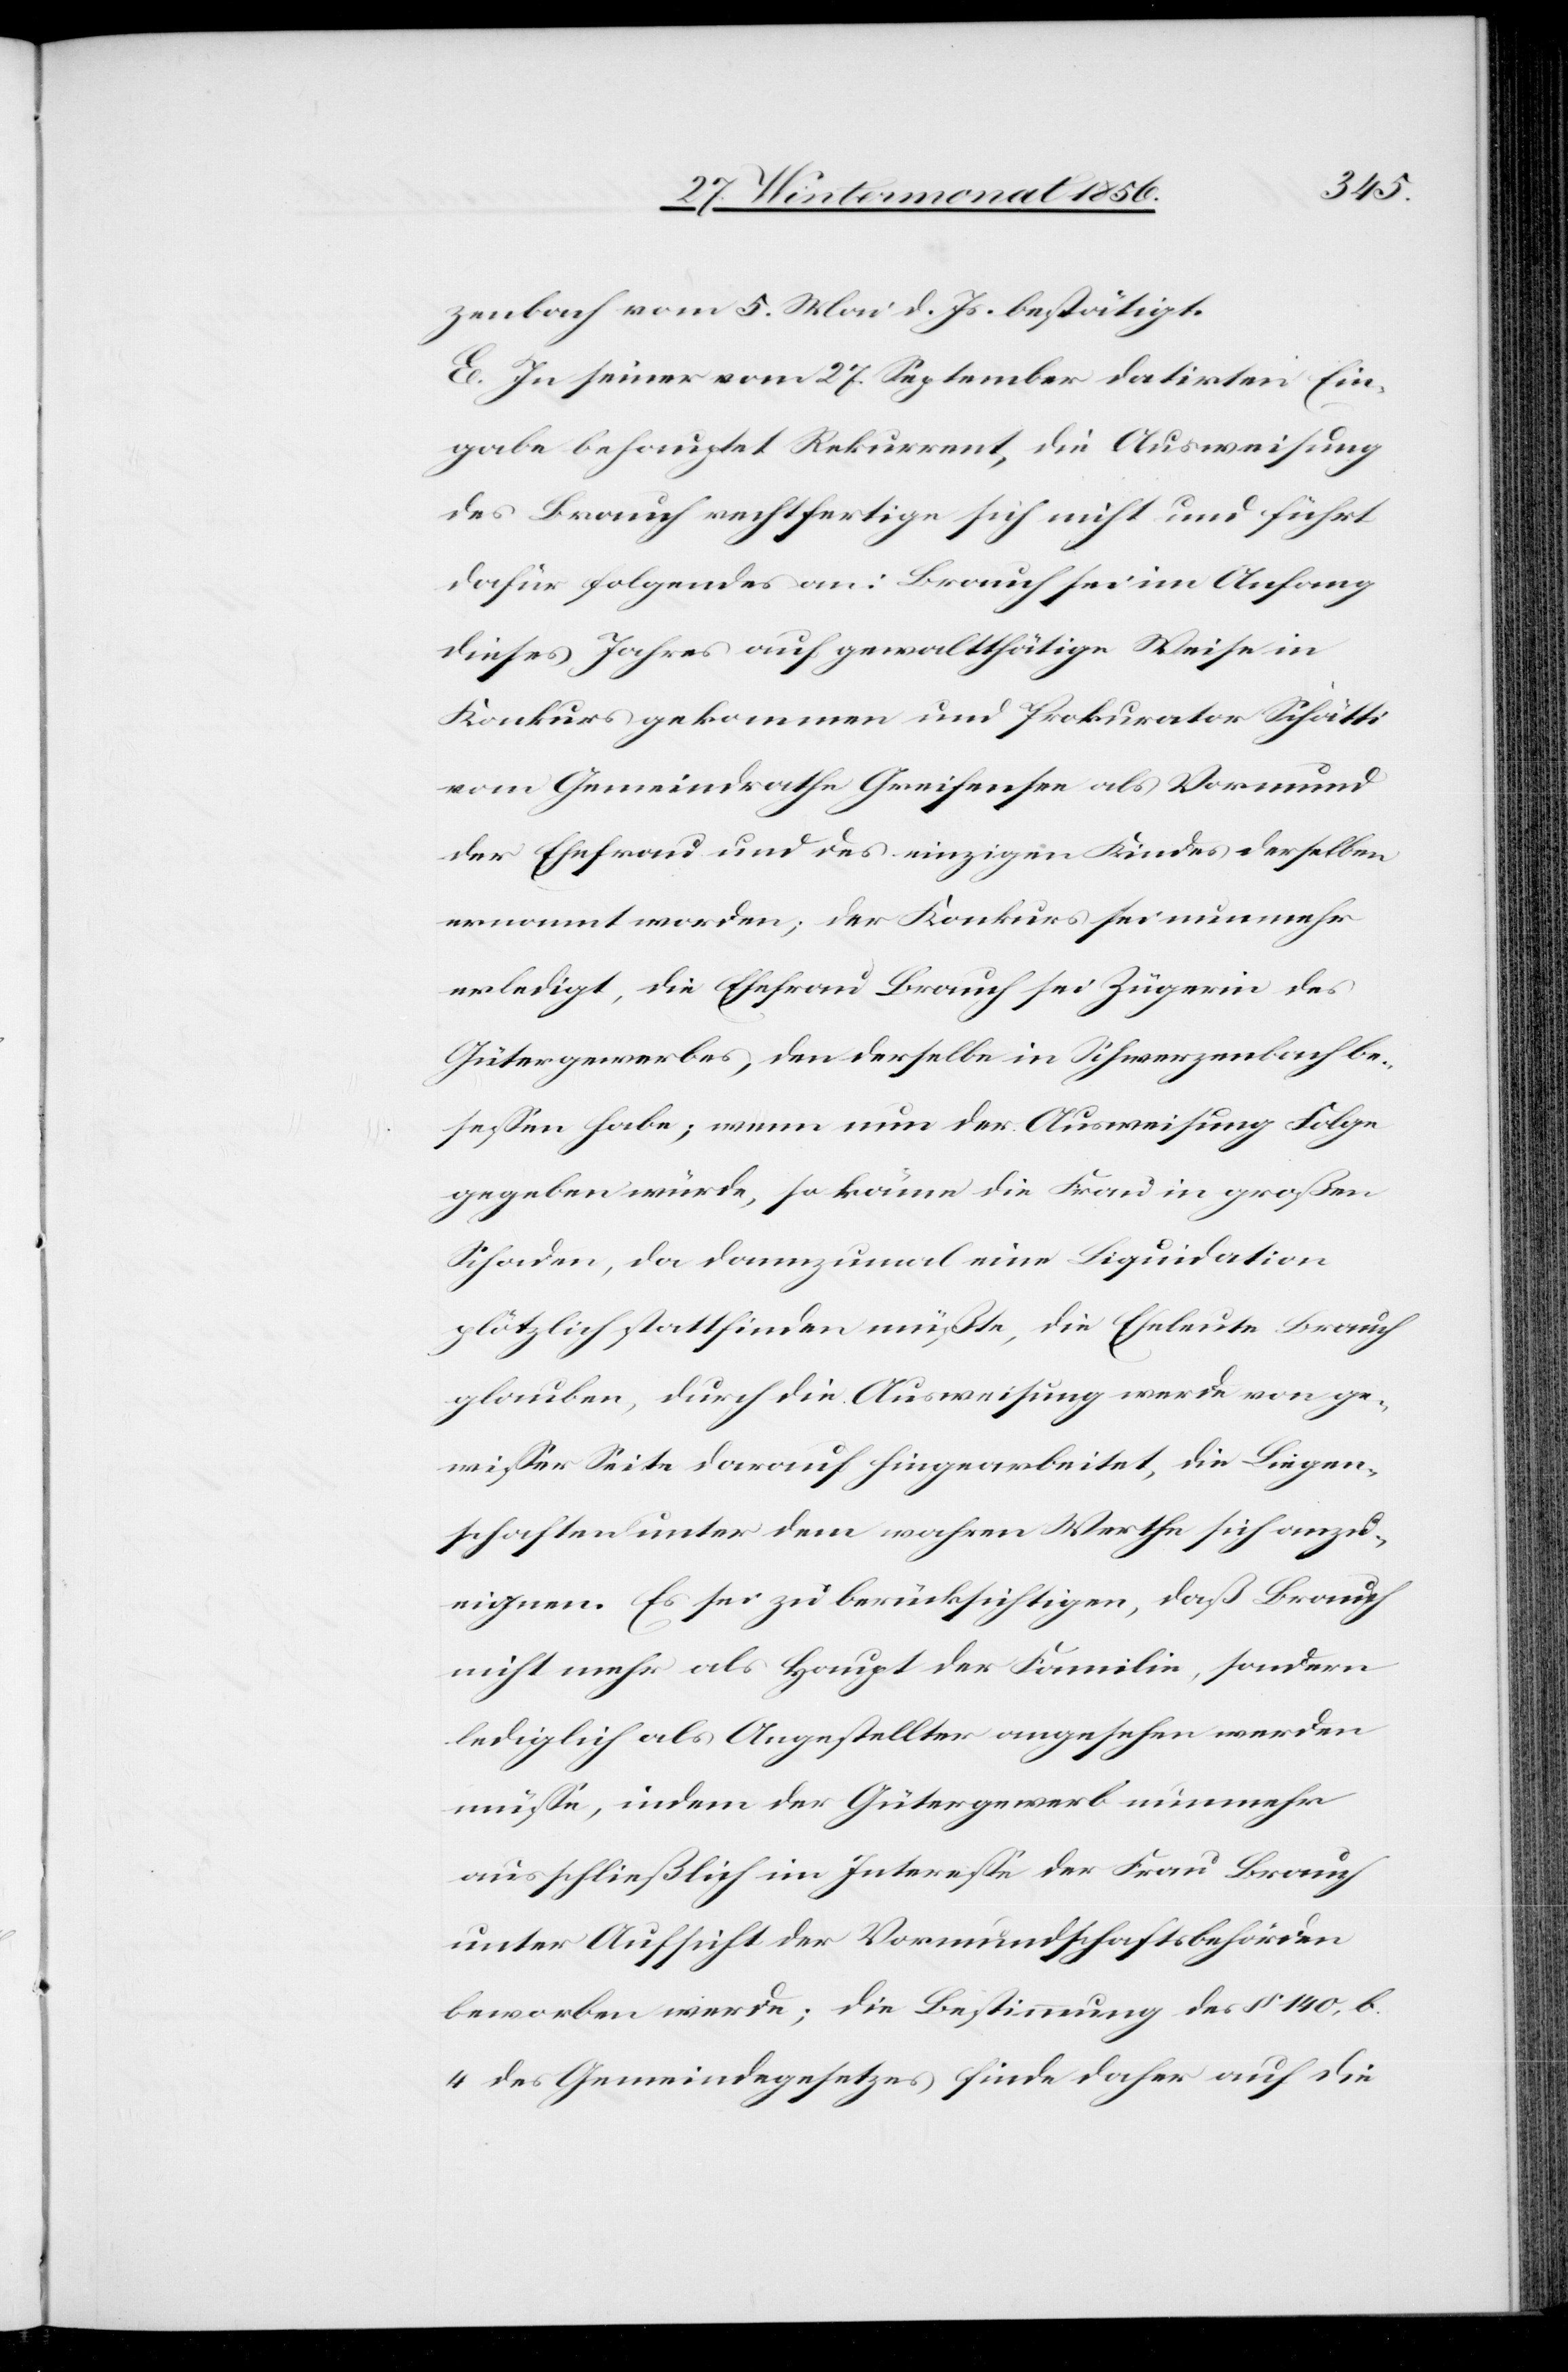
zenbach vom 5. Mai d. Js. bestätigt.
E. In seiner vom 27. September datirten Ein¬
gabe behauptet Rekurrent, die Ausweisung
des Brauch rechtfertige sich nicht und führt
dafür folgendes an: Brauch sei im Anfang
dieses Jahres auf gewaltthätige Weise in
Konkurs gekommen und Prokurator Schätti
vom Gemeindrathe Greifensee als Vormund
der Ehefrau und des einzigen Kindes derselben
ernannt worden; der Konkurs sei nunmehr
erledigt, die Ehefrau Brauch sei Zügerin des
Gütergewerbes, den derselbe in Schwerzenbach be¬
sessen habe; wenn nun der Ausweisung Folge
gegeben würde, so käme die Frau in großen
Schaden, da dannzumal eine Liquidation
plötzlich stattfinden müßte, die Eheleute Brauch
glauben, durch die Ausweisung werde von ge¬
wisser Seite darauf hingearbeitet, die Liegen¬
schaften unter dem wahren Werthe sich anzu¬
eignen. Es sei zu berücksichtigen, daß Brauch
nicht mehr als Haupt der Familie, sondern
lediglich als Angestellter angesehen werden
müsse, indem der Gütergewerb nunmehr
ausschließlich im Interesse der Frau Brauch
unter Aufsicht der Vormundschaftsbehörden
beworben werde; die Bestimmung des § 140, b.
4 des Gemeindegesetzes finde daher auf die